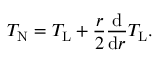
T _ { \mathrm { N } } = T _ { \mathrm { L } } + \frac { r } { 2 } \frac { \mathrm { d } } { \mathrm { d } r } T _ { \mathrm { L } } .